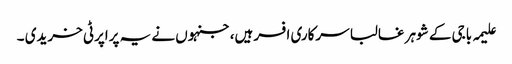
علیمہ باجی کے شوہر غالبا سرکاری افسر ہیں،جنہوں نے یہ پراپرٹی خریدی ۔